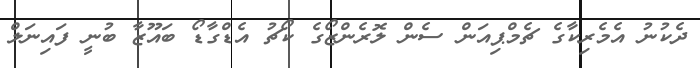
ދެކުނު އެމެރިކާގެ ޗެމްޕިއަން ސެން ލޮރެންޒޯގެ ކޯޗު އެޑްގާޑޯ ބައޫޒާ ބުނީ ފައިނަލް